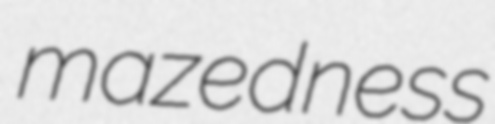
mazedness